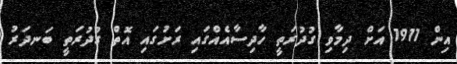
އިން 1911 އަށް ދިމާވި ގުދުރަތީ ހާދިސާއެއްގައި ރަށުގައި އޮތް ގުދުރަތީ ބަނދަރު